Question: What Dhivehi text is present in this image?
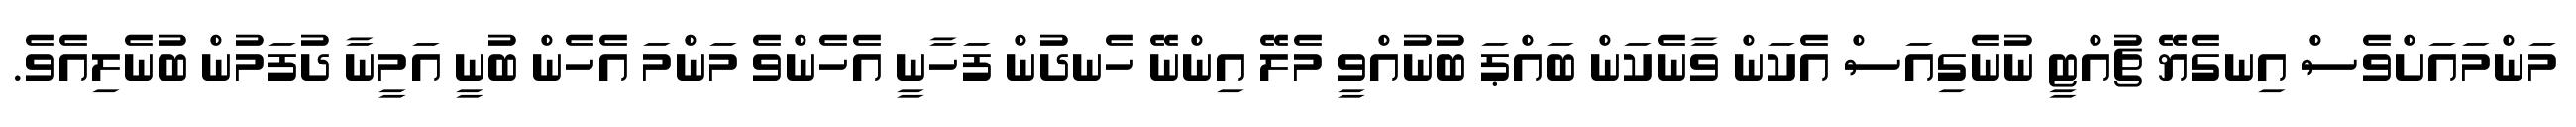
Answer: މަންމައަށްވެސް އިނގެޔޭ ޗުއްޓީ ނުނެގިއަސް އެކަން ވާނެކަން ބައްޕަ ބުނުއްވީ މެލޭ އިންނޭ ހެނދުން ފަހާނީ އެހެންވެ މަންމަ އެހެން ބުނީ އަމީނާ ދުފަމުން ބުނެލިއެވެ.